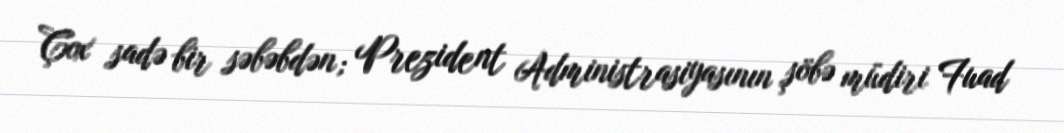
Çox sadə bir səbəbdən; Prezident Administrasiyasının şöbə müdiri Fuad